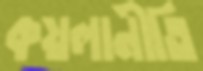
কয়লানীতি